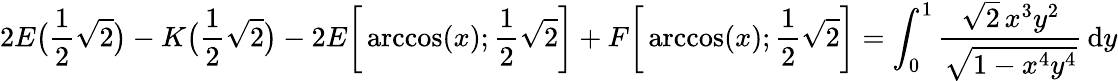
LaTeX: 2E{\bigl(}{\frac{1}{2}}{\sqrt{2}}{\bigr)}-K{\bigl(}{\frac{1}{2}}{\sqrt{2}}{\bigr)}-2E{\biggl[}\operatorname{arccos}(x);{\frac{1}{2}}{\sqrt{2}}{\biggr]}+F{\biggl[}\operatorname{arccos}(x);{\frac{1}{2}}{\sqrt{2}}{\biggr]}=\int_{0}^{1}{\frac{{\sqrt{2}}\, x^{3}y^{2}}{\sqrt{1-x^{4}y^{4}}}}\, \mathrm{d}y